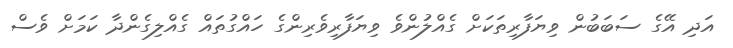
އަދި އޭގެ ސަބަބުން ވިޔަފާރިތަކަށް ގެއްލުންވެ ވިޔަފާރިވެރިންގެ ހައްގުތައް ގެއްލިގެންދާ ކަމަށް ވެސް